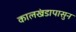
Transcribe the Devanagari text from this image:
कालखंडापासुन